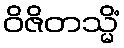
ဝိဇိတသ္မိံ